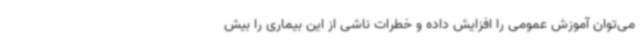
می‌توان آموزش عمومی را افزایش داده و خطرات ناشی از این بیماری را بیش